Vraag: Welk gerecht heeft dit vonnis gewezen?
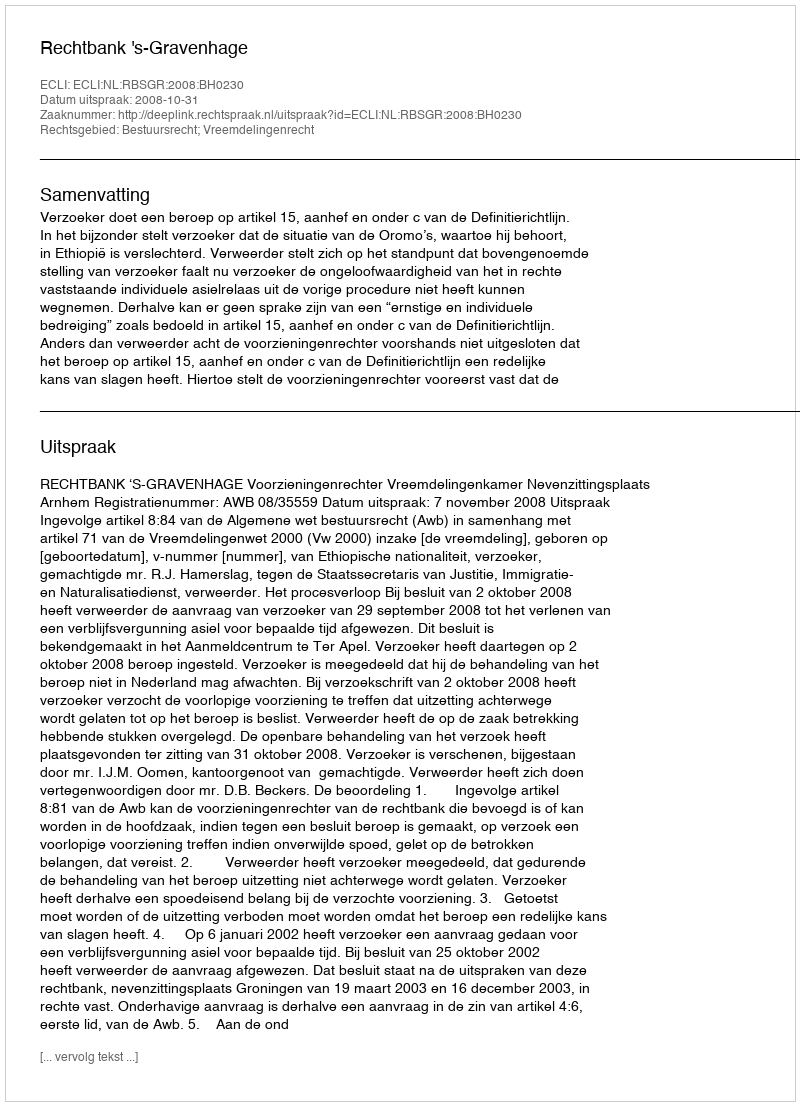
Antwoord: Rechtbank 's-Gravenhage